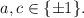
LaTeX: \begin{align*}a,c\in\{\pm1\}. \end{align*}